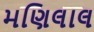
મણિલાલ